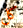
كل